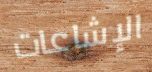
الإشاعات